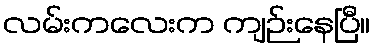
လမ်းကလေးက ကျဉ်းနေပြီ။